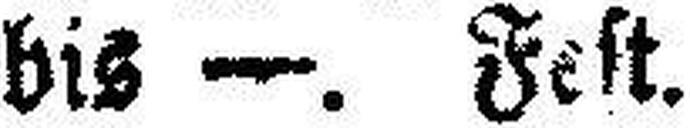
bis —. Fest.